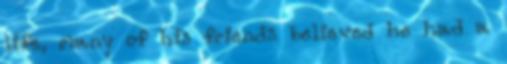
life, many of his friends believed he had a